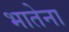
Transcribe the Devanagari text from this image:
भातेना